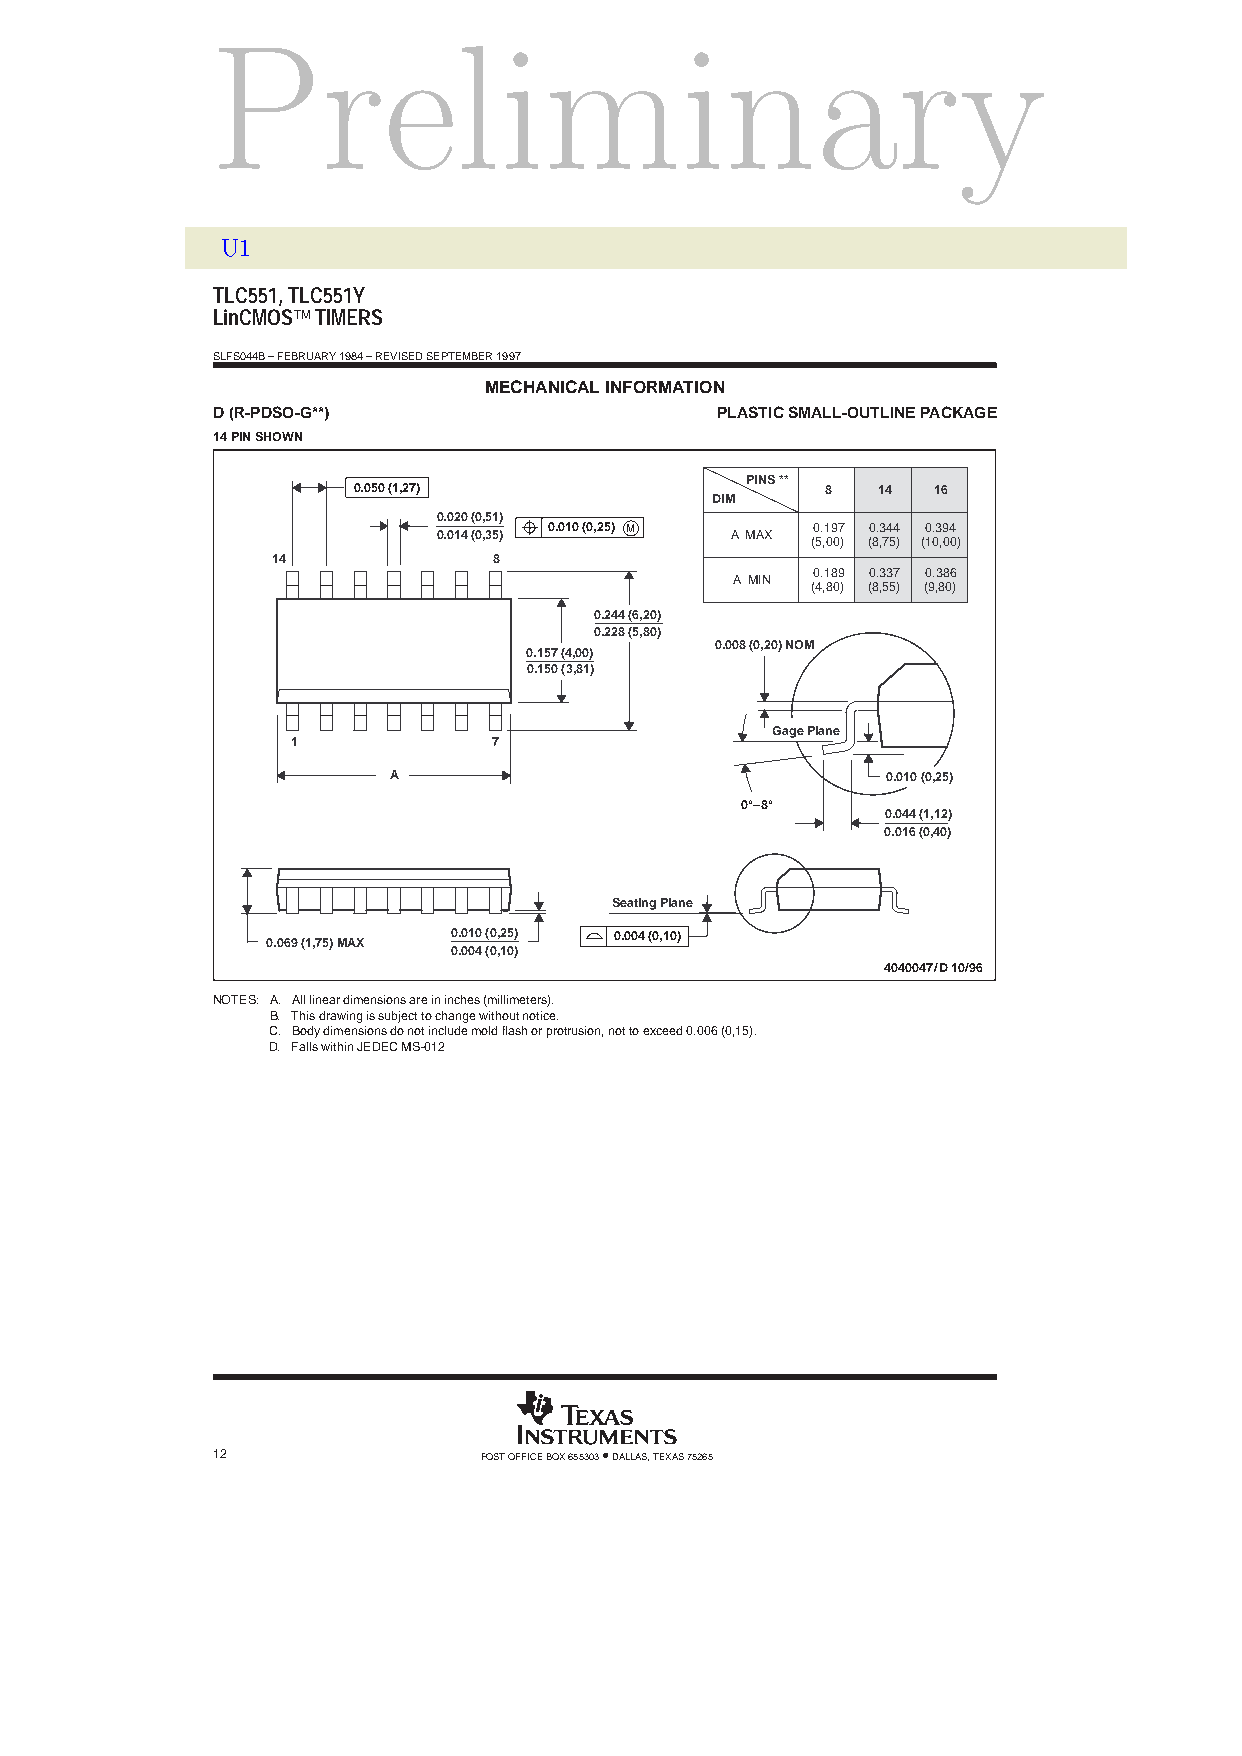
Preliminary
 U1
 TLC551, TLC551Y
 LinCMOS TIMERS
 SLFS044B – FEBRUARY 1984 – REVISED SEPTEMBER 1997
 MECHANICAL INFORMATION
 D (R-PDSO-G**)                   PLASTIC SMALL-OUTLINE PACKAGE
 14 PIN SHOWN
 PINS **
 0.050 (1,27)                    8  14  16
 DIM
 0.020 (0,51)
 0.014 (0,35) 0.010 (0,25) M A MAX 0.197 0.344 0.394
 (5,00) (8,75) (10,00)
 14             8
 0.189 0.337 0.386
 A MIN
 (4,80) (8,55) (9,80)
 0.244 (6,20)
 0.228 (5,80)
 0.008 (0,20) NOM
 0.157 (4,00)
 0.150 (3,81)
 Gage Plane
 1             7
 A                                0.010 (0,25)
 0°–8°
 0.044 (1,12)
 0.016 (0,40)
 Seating Plane
 0.010 (0,25) 0.004 (0,10)
 0.069 (1,75) MAX
 0.004 (0,10)
 4040047/D 10/96
 NOTES: A. All linear dimensions are in inches (millimeters).
 B. This drawing is subject to change without notice.
 C. Body dimensions do not include mold flash or protrusion, not to exceed 0.006 (0,15).
 D. Falls within JEDEC MS-012
 12                POST OFFICE BOX 655303 • DALLAS, TEXAS 75265